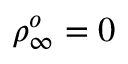
\rho _ { \infty } ^ { o } = 0